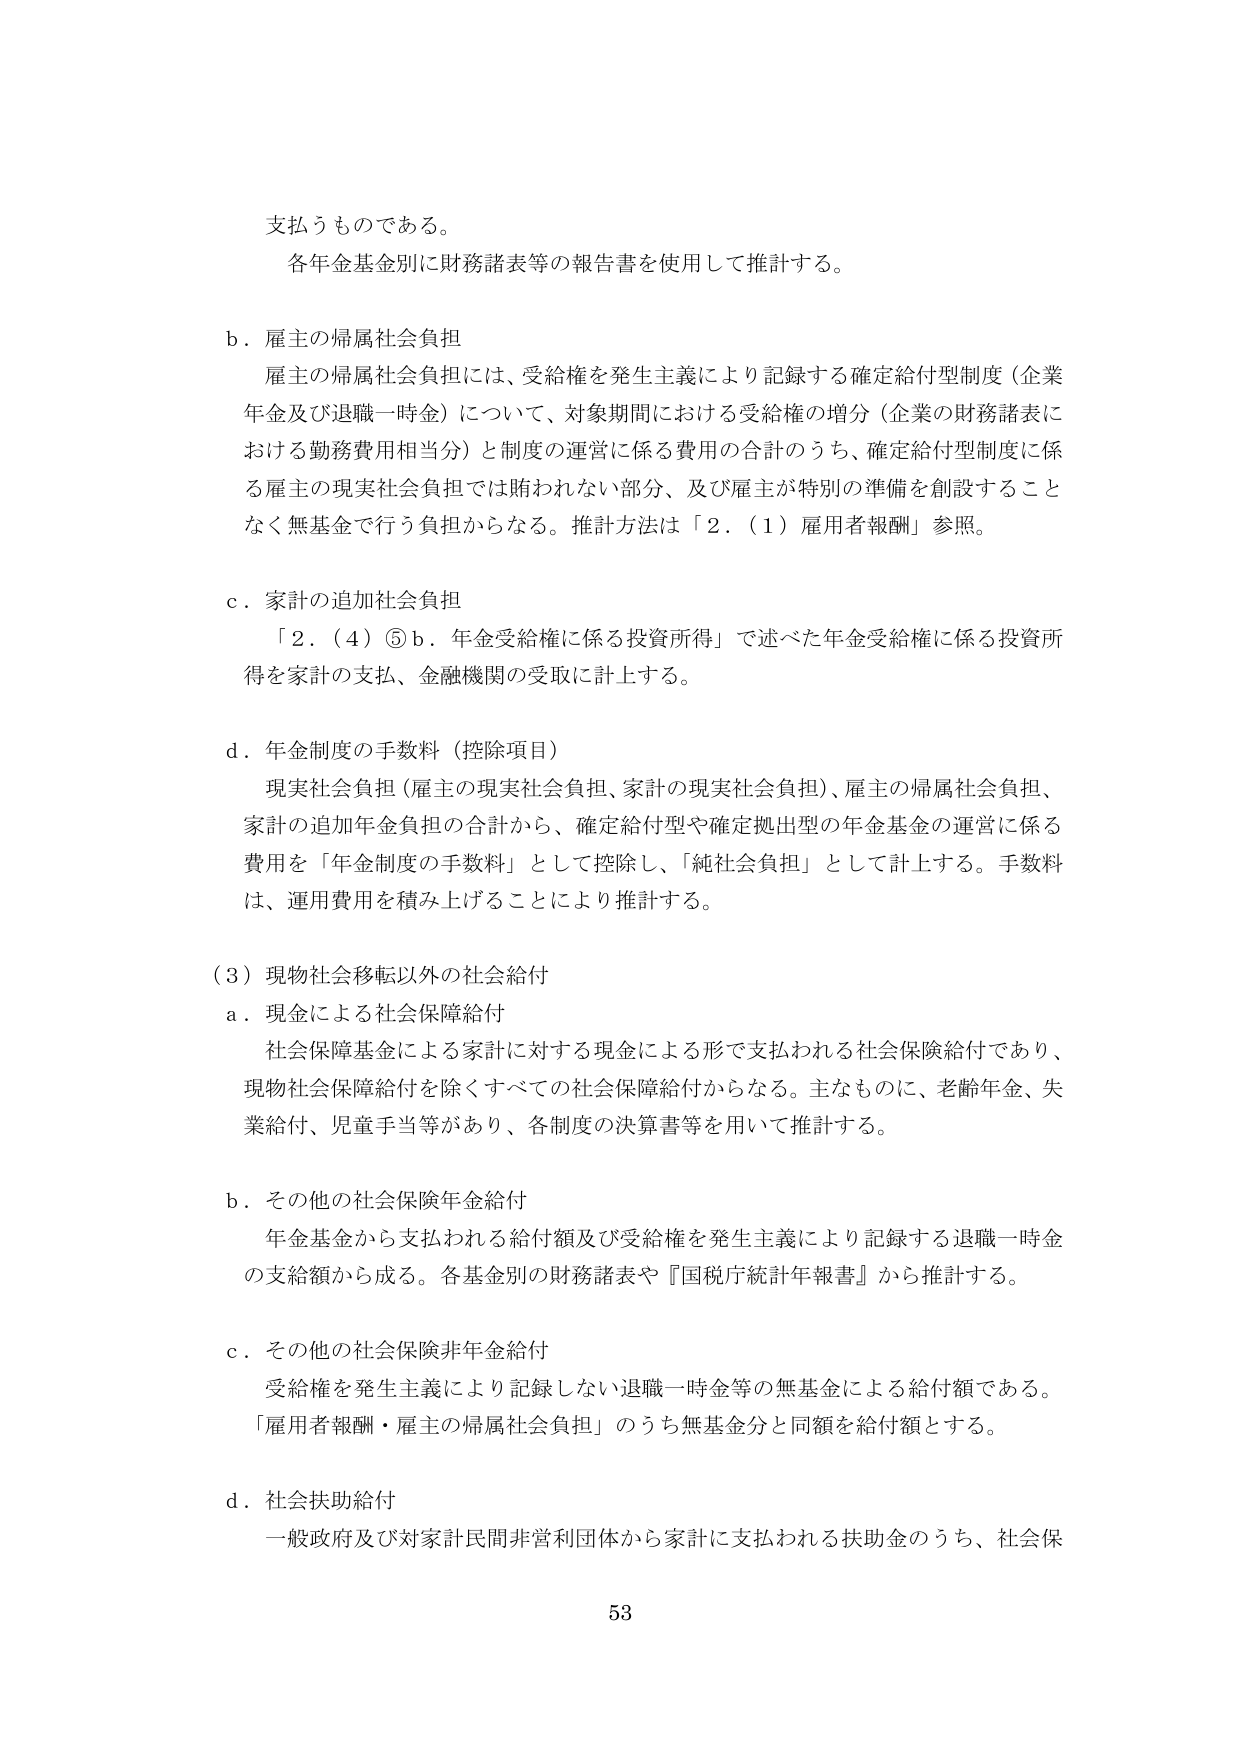
支払うものである。
各年金基金別に財務諸表等の報告書を使用して推計する。

b．雇主の帰属社会負担
　雇主の帰属社会負担には、受給権を発生主義により記録する確定給付型制度（企業年金及び退職一時金）について、対象期間における受給権の増分（企業の財務諸表における勤務費用相当分）と制度の運営に係る費用の合計のうち、確定給付型制度に係る雇主の現実社会負担では賄われない部分、及び雇主が特別の準備を創設することなく無基金で行う負担からなる。推計方法は「2．（1）雇用者報酬」参照。

c．家計の追加社会負担
　「2．（4）⑤b．年金受給権に係る投資所得」で述べた年金受給権に係る投資所得を家計の支払、金融機関の受取に計上する。

d．年金制度の手数料（控除項目）
　現実社会負担（雇主の現実社会負担、家計の現実社会負担）、雇主の帰属社会負担、家計の追加年金負担の合計から、確定給付型や確定拠出型の年金基金の運営に係る費用を「年金制度の手数料」として控除し、「純社会負担」として計上する。手数料は、運用費用を積み上げることにより推計する。

（3）現物社会移転以外の社会給付
a．現金による社会保障給付
　社会保障基金による家計に対する現金による形で支払われる社会保険給付であり、現物社会保障給付を除くすべての社会保障給付からなる。主なものに、老齢年金、失業給付、児童手当等があり、各制度の決算書等を用いて推計する。

b．その他の社会保険年金給付
　年金基金から支払われる給付額及び受給権を発生主義により記録する退職一時金の支給額から成る。各基金別の財務諸表や『国税庁統計年報書』から推計する。

c．その他の社会保険非年金給付
　受給権を発生主義により記録しない退職一時金等の無基金による給付額である。「雇用者報酬・雇主の帰属社会負担」のうち無基金分と同額を給付額とする。

d．社会扶助給付
　一般政府及び対象計民間非営利団体から家計に支払われる扶助金のうち、社会保

53